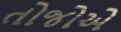
તોજોએ